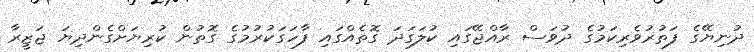
ދުނިޔޭގެ ފަތުރުވެރިކަމުގެ ދުވަސް ރާއްޖޭގައި ކުލަގަދަ ގޮތެއްގައި ފާހަގަކުރުމުގެ ގޮތުން ކުރިޔަށްގެންދިޔަ ޖަޒީރާ